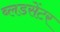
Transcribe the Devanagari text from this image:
ब्लडसेंटर